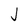
Character: J